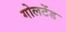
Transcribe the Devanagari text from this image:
गोलटेंड